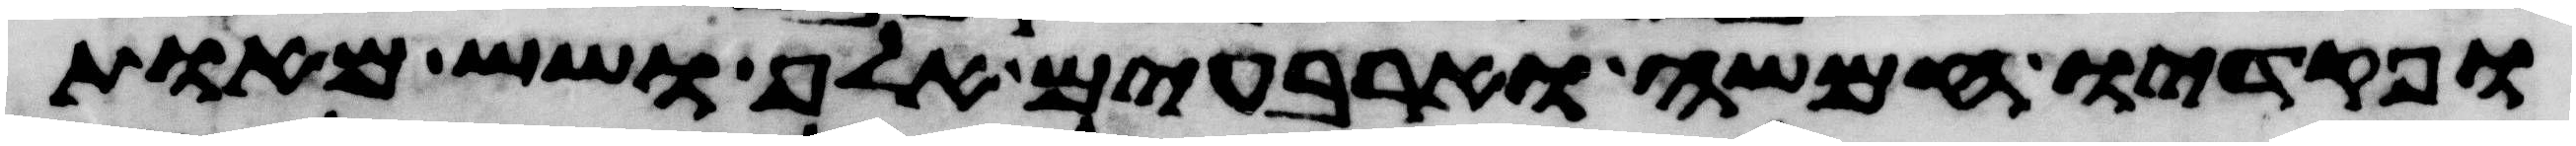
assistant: ופקדיו חמשה וארבעים אלף ושש מאות